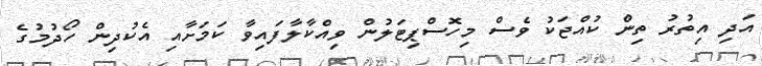
އަދި އިތުރު ތިން ކުއްޖަކު ވެސް މިހޮސްޕިޓަލުން ވިއްކާލާފައިވާ ކަމަށާއި އެކުދިން ހޯދުމުގެ